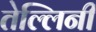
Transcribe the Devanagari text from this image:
तेल्लिनी